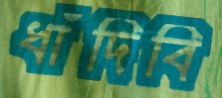
ধাঁদিবি